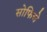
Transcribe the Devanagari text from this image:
सोफिचे